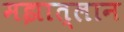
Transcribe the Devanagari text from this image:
मझात्लान